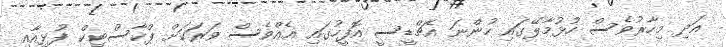
އަދި މިހާރުވެސް ހުޅުމާލޭގައި ހުންނަ އެޗްޑީސީ އޮފީހުގައި އެއްވެސް ވަރަަކަށް ޕްކާސްޓިކް ފުޅިއާއި